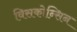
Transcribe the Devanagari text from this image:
विसकोन्सिन